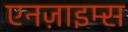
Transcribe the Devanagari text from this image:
एनज़ाइम्स